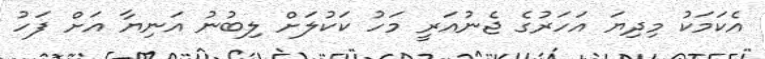
އެކަމަކު މިދިޔަ އަހަރުގެ ޖެނުއަރީ މަހު ކަކުލަށް ލިބުނު އަނިޔާ އަށް ފަހު